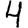
Digit: 4